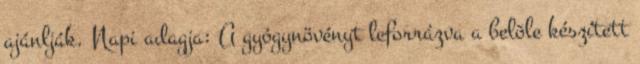
ajánlják. Napi adagja: A gyógynövényt leforrázva a belõle készített